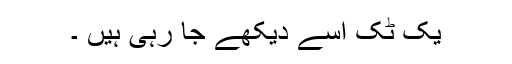
یک ٹک اسے دیکھے جا رہی ہیں ۔